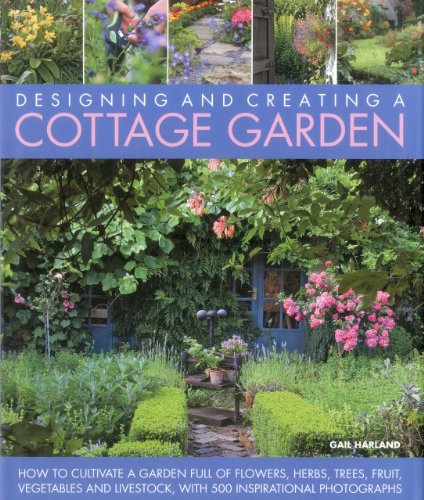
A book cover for Designing and Creating a Cottage Garden: How to cultivate a garden full of flowers, herbs, trees, fruit, vegetables and livestock, with 300 inspirational photographs; Gail Harland; Crafts, Hobbies & Home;